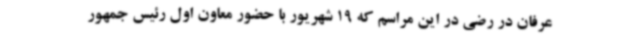
عرفان در رضی در این مراسم که 19 شهریور با حضور معاون اول رئیس جمهور